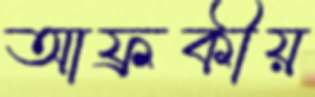
আফ্রকীয়